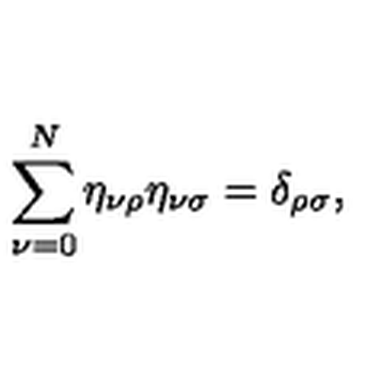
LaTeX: \sum _ { \nu = 0 } ^ { N } \eta _ { \nu \rho } \eta _ { \nu \sigma } = \delta _ { \rho \sigma } ,